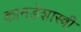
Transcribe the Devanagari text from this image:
कानडेशास्त्री